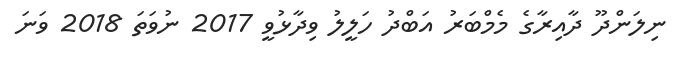
ނިލަންދޫ ދާއިރާގެ މެމްބަރު އަބްދު ހަލީލު ވިދާޅުވީ 2017 ނުވަތަ 2018 ވަނަ